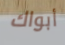
أبواك